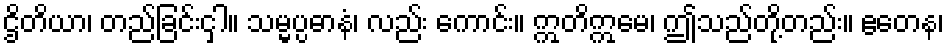
ဌိတိယာ၊ တည်ခြင်းငှါ။ သမ္မပ္ပဓာနံ၊ လည်း ကောင်း။ ဣတိဣမေ၊ ဤသည်တို့တည်း။ ဧတေန၊